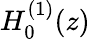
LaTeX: H_{0}^{(1)}(z)